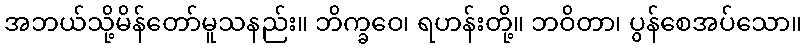
အဘယ်သို့မိန်တော်မူသနည်း။ ဘိက္ခဝေ၊ ရဟန်းတို့။ ဘဝိတာ၊ ပွန်စေအပ်သော။